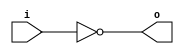
module invert (input wire i, output wire o);
   assign o = !i;
endmodule

module and2 (input wire i0, i1, output wire o);
  assign o = i0 & i1;
endmodule

module or2 (input wire i0, i1, output wire o);
  assign o = i0 | i1;
endmodule

module xor2 (input wire i0, i1, output wire o);
  assign o = i0 ^ i1;
endmodule

module nand2 (input wire i0, i1, output wire o);
   wire t;
   and2 and2_0 (i0, i1, t);
   invert invert_0 (t, o);
endmodule

module nor2 (input wire i0, i1, output wire o);
   wire t;
   or2 or2_0 (i0, i1, t);
   invert invert_0 (t, o);
endmodule

module xnor2 (input wire i0, i1, output wire o);
   wire t;
   xor2 xor2_0 (i0, i1, t);
   invert invert_0 (t, o);
endmodule

module and3 (input wire i0, i1, i2, output wire o);
   wire t;
   and2 and2_0 (i0, i1, t);
   and2 and2_1 (i2, t, o);
endmodule

module or3 (input wire i0, i1, i2, output wire o);
   wire t;
   or2 or2_0 (i0, i1, t);
   or2 or2_1 (i2, t, o);
endmodule

module nor3 (input wire i0, i1, i2, output wire o);
   wire t;
   or2 or2_0 (i0, i1, t);
   nor2 nor2_0 (i2, t, o);
endmodule

module nand3 (input wire i0, i1, i2, output wire o);
   wire t;
   and2 and2_0 (i0, i1, t);
   nand2 nand2_1 (i2, t, o);
endmodule

module xor3 (input wire i0, i1, i2, output wire o);
   wire t;
   xor2 xor2_0 (i0, i1, t);
   xor2 xor2_1 (i2, t, o);
endmodule

module xnor3 (input wire i0, i1, i2, output wire o);
   wire t;
   xor2 xor2_0 (i0, i1, t);
   xnor2 xnor2_0 (i2, t, o);
endmodule

module mux2 (input wire i0, i1, j, output wire o);
  assign o = (j==0)?i0:i1;
endmodule

module df (input wire  clk, in, output wire  out);
reg df_out;
   initial df_out = 1'b1;
   always@(posedge clk) df_out <= in;
   assign out = df_out;
endmodule

module dfr (input wire  clk, reset, in, output wire  out);
  wire  df_in, reset_;
  invert invert_0(reset, reset_);
  and2 and2_1(in, reset_, df_in);
  df df_2(clk, df_in, out);
endmodule

module char_zero (input wire clk, reset, i, input wire ip_c, output wire o);
   wire a, b;
   xnor2 xnor2_0(ip_c, 1'b0, a);
   dfr dfr_1(clk, reset, i, b);
   and2 and2_2(a, b, o);
endmodule

module char_one (input wire clk, reset, i, input wire ip_c, output wire o);
   wire a, b;
   xnor2 xnor2_0(ip_c, 1'b1, a);
   dfr dfr_1(clk, reset, i, b);
   and2 and2_2(a, b, o);
endmodule